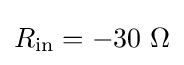
R_{\text{in}}=-30\ \Omega